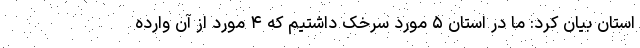
استان بیان کرد: ما در استان ۵ مورد سرخک داشتیم که ۴ مورد از آن وارده